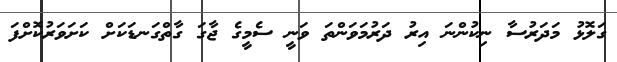
ގަލޮޅު މަދަރުސާ ނިކުންނަ އިރު ދަރުމަވަންތަ ވަނީ ސެމީގެ ޖާގަ ގާތްގަނޑަކަށް ކަށަވަރުކޮށްފަ